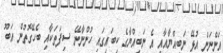
އަންނަން އުޅޭ ނަބިއްޔާއާއި އެ ނަބިއްޔާގެ ކިބައިގައި ހުންނާނޭ ސިފަތަކާއި ބެހޭގޮތުން އަބޫ